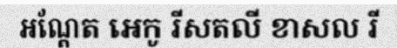
អណ្តែត អេកូ រីសតលី ខាសល រី